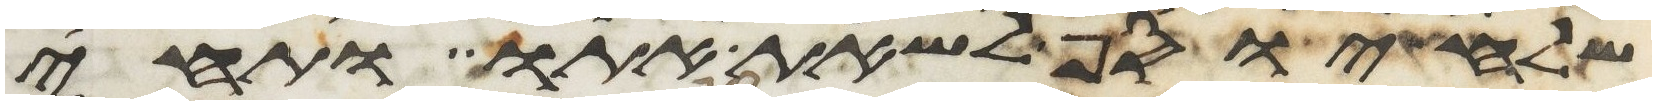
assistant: שלח יוסף לשאת אתו ותחי